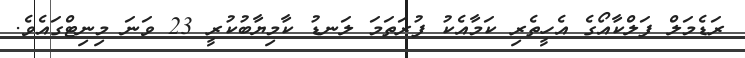
ރަޑެމަލް ފަލްކާއޯގެ އެހީތެރި ކަމާއެކު ފުރަތަމަ ލަނޑު ކާމިޔާބުކުރީ 23 ވަނަ މިނިޓްގައެވެ.